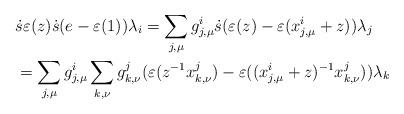
LaTeX: \begin{align*} &\ \dot{s}\varepsilon(z)\dot{s}(e-\varepsilon(1))\lambda_i = \sum_{j,\mu} g^i_{j,\mu} \dot{s} (\varepsilon(z)-\varepsilon(x^i_{j,\mu}+z))\lambda_j \\ &\ = \sum_{j,\mu} g^i_{j,\mu} \sum_{k,\nu} g^j_{k,\nu} (\varepsilon(z^{-1} x^j_{k,\nu})- \varepsilon((x^i_{j,\mu}+z)^{-1} x^j_{k,\nu})) \lambda_k\end{align*}